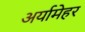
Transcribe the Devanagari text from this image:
अर्यामेहर